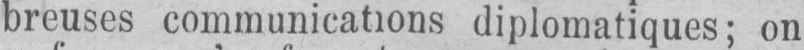
breuses communications diplomatiques; on